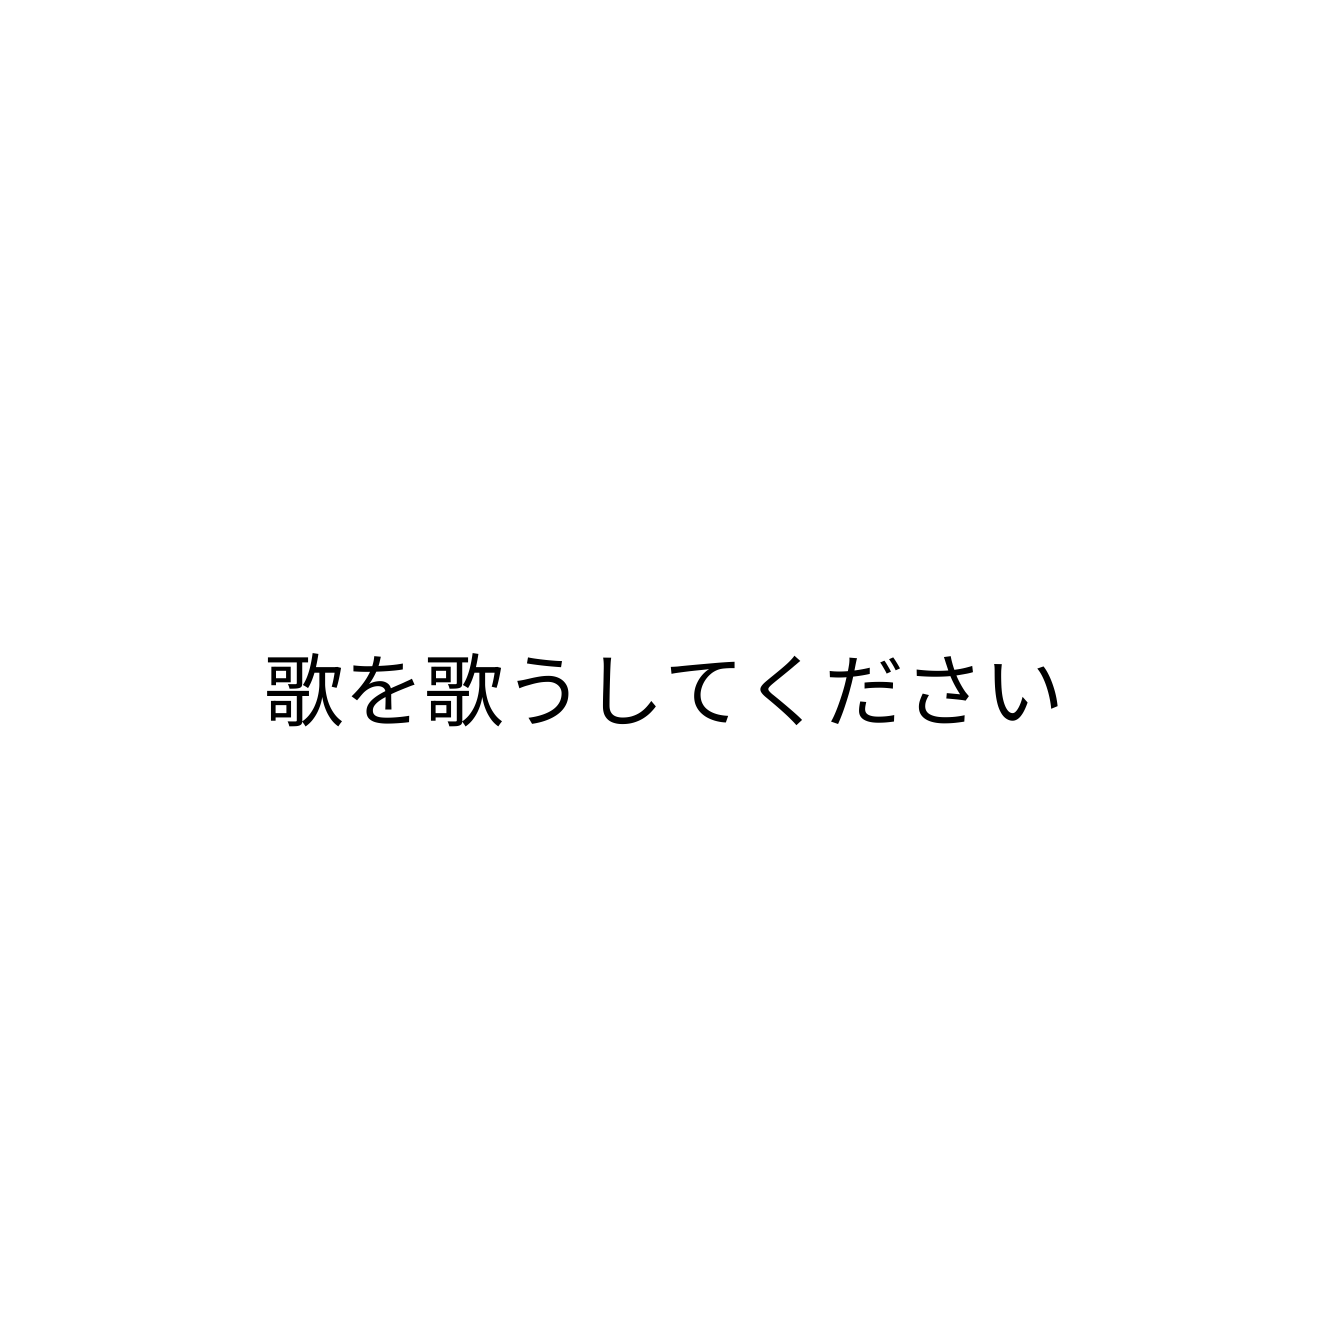
歌を歌うしてください